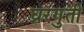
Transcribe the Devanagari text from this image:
घ्ररगुती